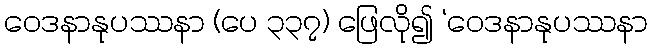
ဝေဒနာနုပဿနာ (ပေ ၃၃၇) ဖြေလို၍ ‘ဝေဒနာနုပဿနာ